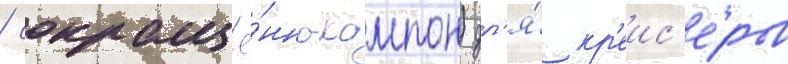
/ сокращё́нно-кампон) дл'я́ кр'еис'еров